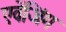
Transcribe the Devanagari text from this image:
एवेंजिंग